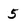
Character: 5